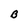
Character: B